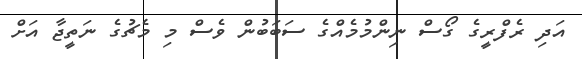
އަދި ރެފްރީގެ ގޯސް ނިންމުމެއްގެ ސަބަބުން ވެސް މި މެޗުގެ ނަތީޖާ އަށް